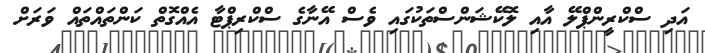
އަދި ސްކްރީންޕްލޭ އާއި ލޮކޭޝަންސްތަކުގައި ވެސް އޭނާގެ ސްކްރިޕްޓާ އެއްގޮތް ކަންތައްތައް ވަރަށް